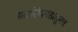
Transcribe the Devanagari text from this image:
सदाशिवगडातूनच